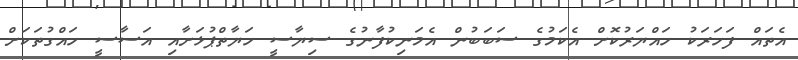
އެތައް ފަހަރަކު ހައްޔަރުކޮށް އެކަމުގެ ސަބަބުން އެމަނިކުފާނުގެ ސިޔާސީ ހަޔާތްޕުޅަށާއި އަސާސީ ހައްގުތަކަށް